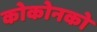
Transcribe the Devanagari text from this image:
कोकोनको